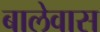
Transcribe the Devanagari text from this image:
बालेवास